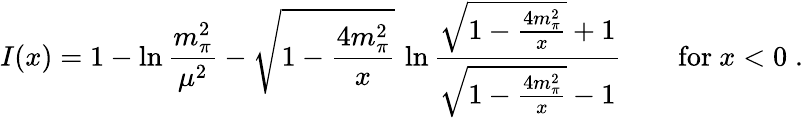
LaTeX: I(x)=1-\ln{\frac{m_{\pi}^{2}}{\mu^{2}}}-\sqrt{1-{\frac{4m_{\pi}^{2}}{x}}}\, \ln{\frac{\sqrt{1-{\frac{4m_{\pi}^{2}}{x}}}+1}{\sqrt{1-{\frac{4m_{\pi}^{2}}{x}}}-1}}\qquad\mathrm{for}\ x<0\; .